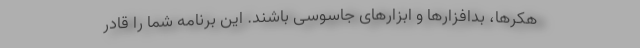
هکرها، بدافزارها و ابزارهای جاسوسی باشند. این برنامه شما را قادر